Madras plague regulations and rules for the inspection of inward and outward bound vessels - Volume 1
Disease focus: Plague
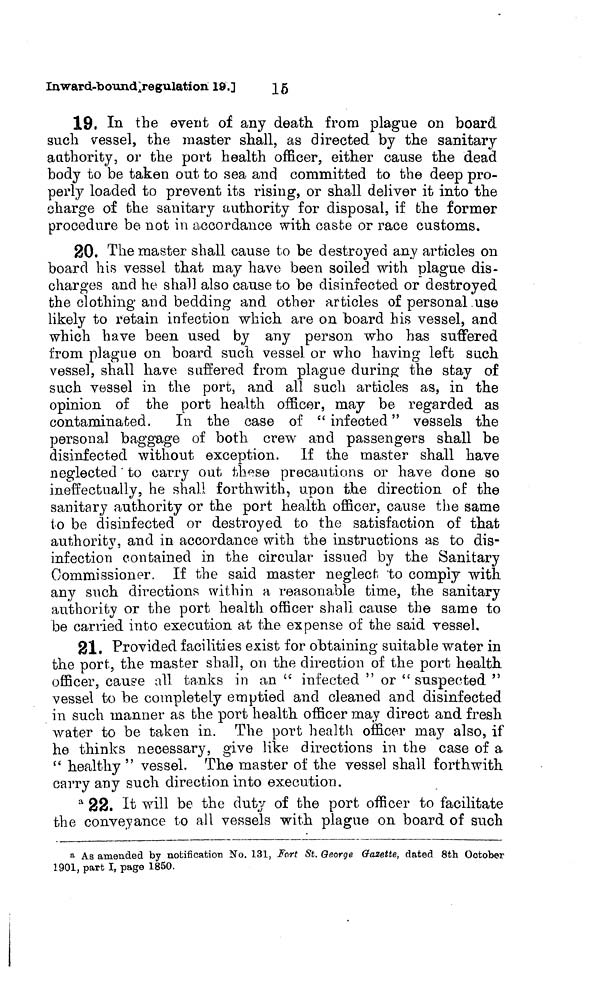
15
Inward-bound regulation 19.]
19. In the event of any death from plague on board
such vessel, the master shall, as directed by the sanitary
authority, or the port health officer, either cause the dead
body to be taken out to sea and committed to the deep pro-
perly loaded to prevent its rising, or shall deliver it into the
charge of the sanitary authority for disposal, if the former
procedure be not in accordance with caste or race customs.
20. The master shall cause to be destroyed any articles on
board his vessel that may have been soiled with plague dis-
charges and he shall also cause to be disinfected or destroyed
the clothing and bedding and other articles of personal use
likely to retain infection which are on board his vessel, and
which have been used by any person who has suffered
from plague on board such vessel or who having left such
vessel, shall have suffered from plague during; the stay of
such vessel in the port, and all such articles as, in the
opinion of the port health officer, may be regarded as
contaminated.
In the case of " infected " vessels the
personal baggage of both crew and passengers shall be
disinfected without exception. If the master shall have
neglected ' to carry out these precautions or have done so
ineffectually, he shall forthwith, upon the direction of the
sanitary authority or the port health officer, cause the same
to be disinfected or destroyed to the satisfaction of that
authority, and in accordance with the instructions as to dis-
infection contained in the circular issued by the Sanitary
Commissioner. If the said master neglect to comply with
any such directions within a reasonable time, the sanitary
authority or the port health officer shall cause the same to
be carried into execution at the expense of the said vessel.
21. Provided facilities exist for obtaining suitable water in
the port, the master shall, on the direction of the port health
officer, cause all tanks in an " infected " or "suspected "
vessel to be completely emptied and cleaned and disinfected
in such manner as the port health officer may direct and fresh
water to be taken in. The port health officer may also, if
he thinks necessary, give like directions in the case of a
" healthy " vessel. The master of the vessel shall forthwith
carry any such direction into execution.
a 22. It will be the duty of the port officer to facilitate
the conveyance to all vessels with plague on board of such
a As amended by notification No. 131, fort St. George Gazette, dated 8th October
1901, part I, page 1850.